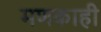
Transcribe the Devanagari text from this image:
मणकाही